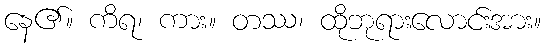
နေ၏။ ကိရ၊ ကား။ တဿ၊ ထိုဘုရားလောင်းအား။